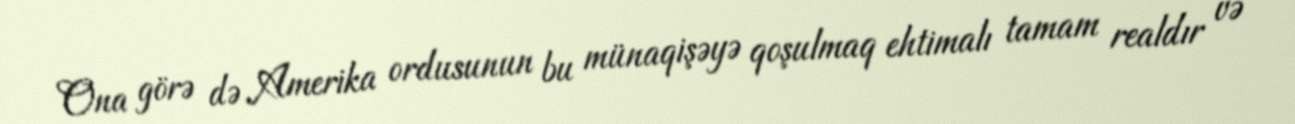
Ona görə də Amerika ordusunun bu münaqişəyə qoşulmaq ehtimalı tamam realdır və